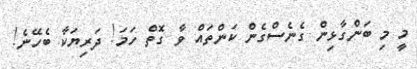
މީ މި ބަންގާޅިން ގެނެސްގެން ކަންތައް ވާ ގޮތް ހަމަ! ދަރިޔަކާ ބެހޭނެ!